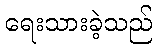
ရေးသားခဲ့သည်